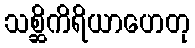
သစ္ဆိကိရိယာဟေတု